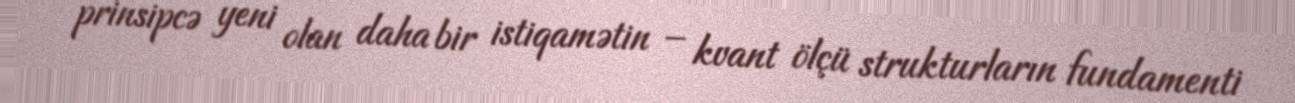
prinsipcə yeni olan daha bir istiqamətin – kvant ölçü strukturların fundamenti